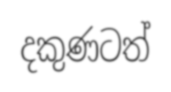
දකුණටත්